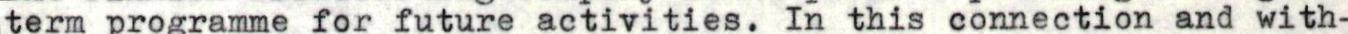
term programme for future activities. In this connection and with-